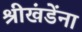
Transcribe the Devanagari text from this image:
श्रीखंडेंना